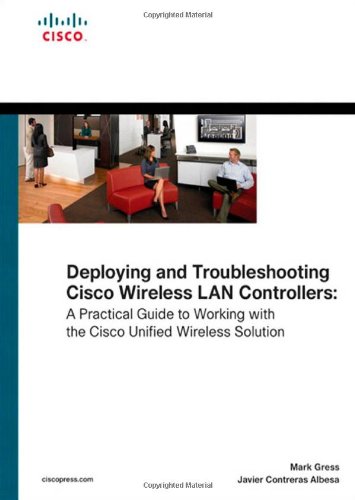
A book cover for Deploying and Troubleshooting Cisco Wireless LAN Controllers; Mark L. Gress; Computers & Technology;